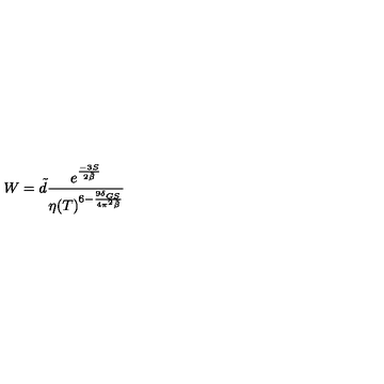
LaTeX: W = \tilde { d } \frac { e ^ { \frac { - 3 S } { 2 \tilde { \beta } } } } { \eta ( T ) ^ { 6 - \frac { 9 \delta _ { G S } } { 4 \pi ^ { 2 } \tilde { \beta } } } }